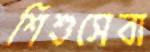
শিশুসেবা